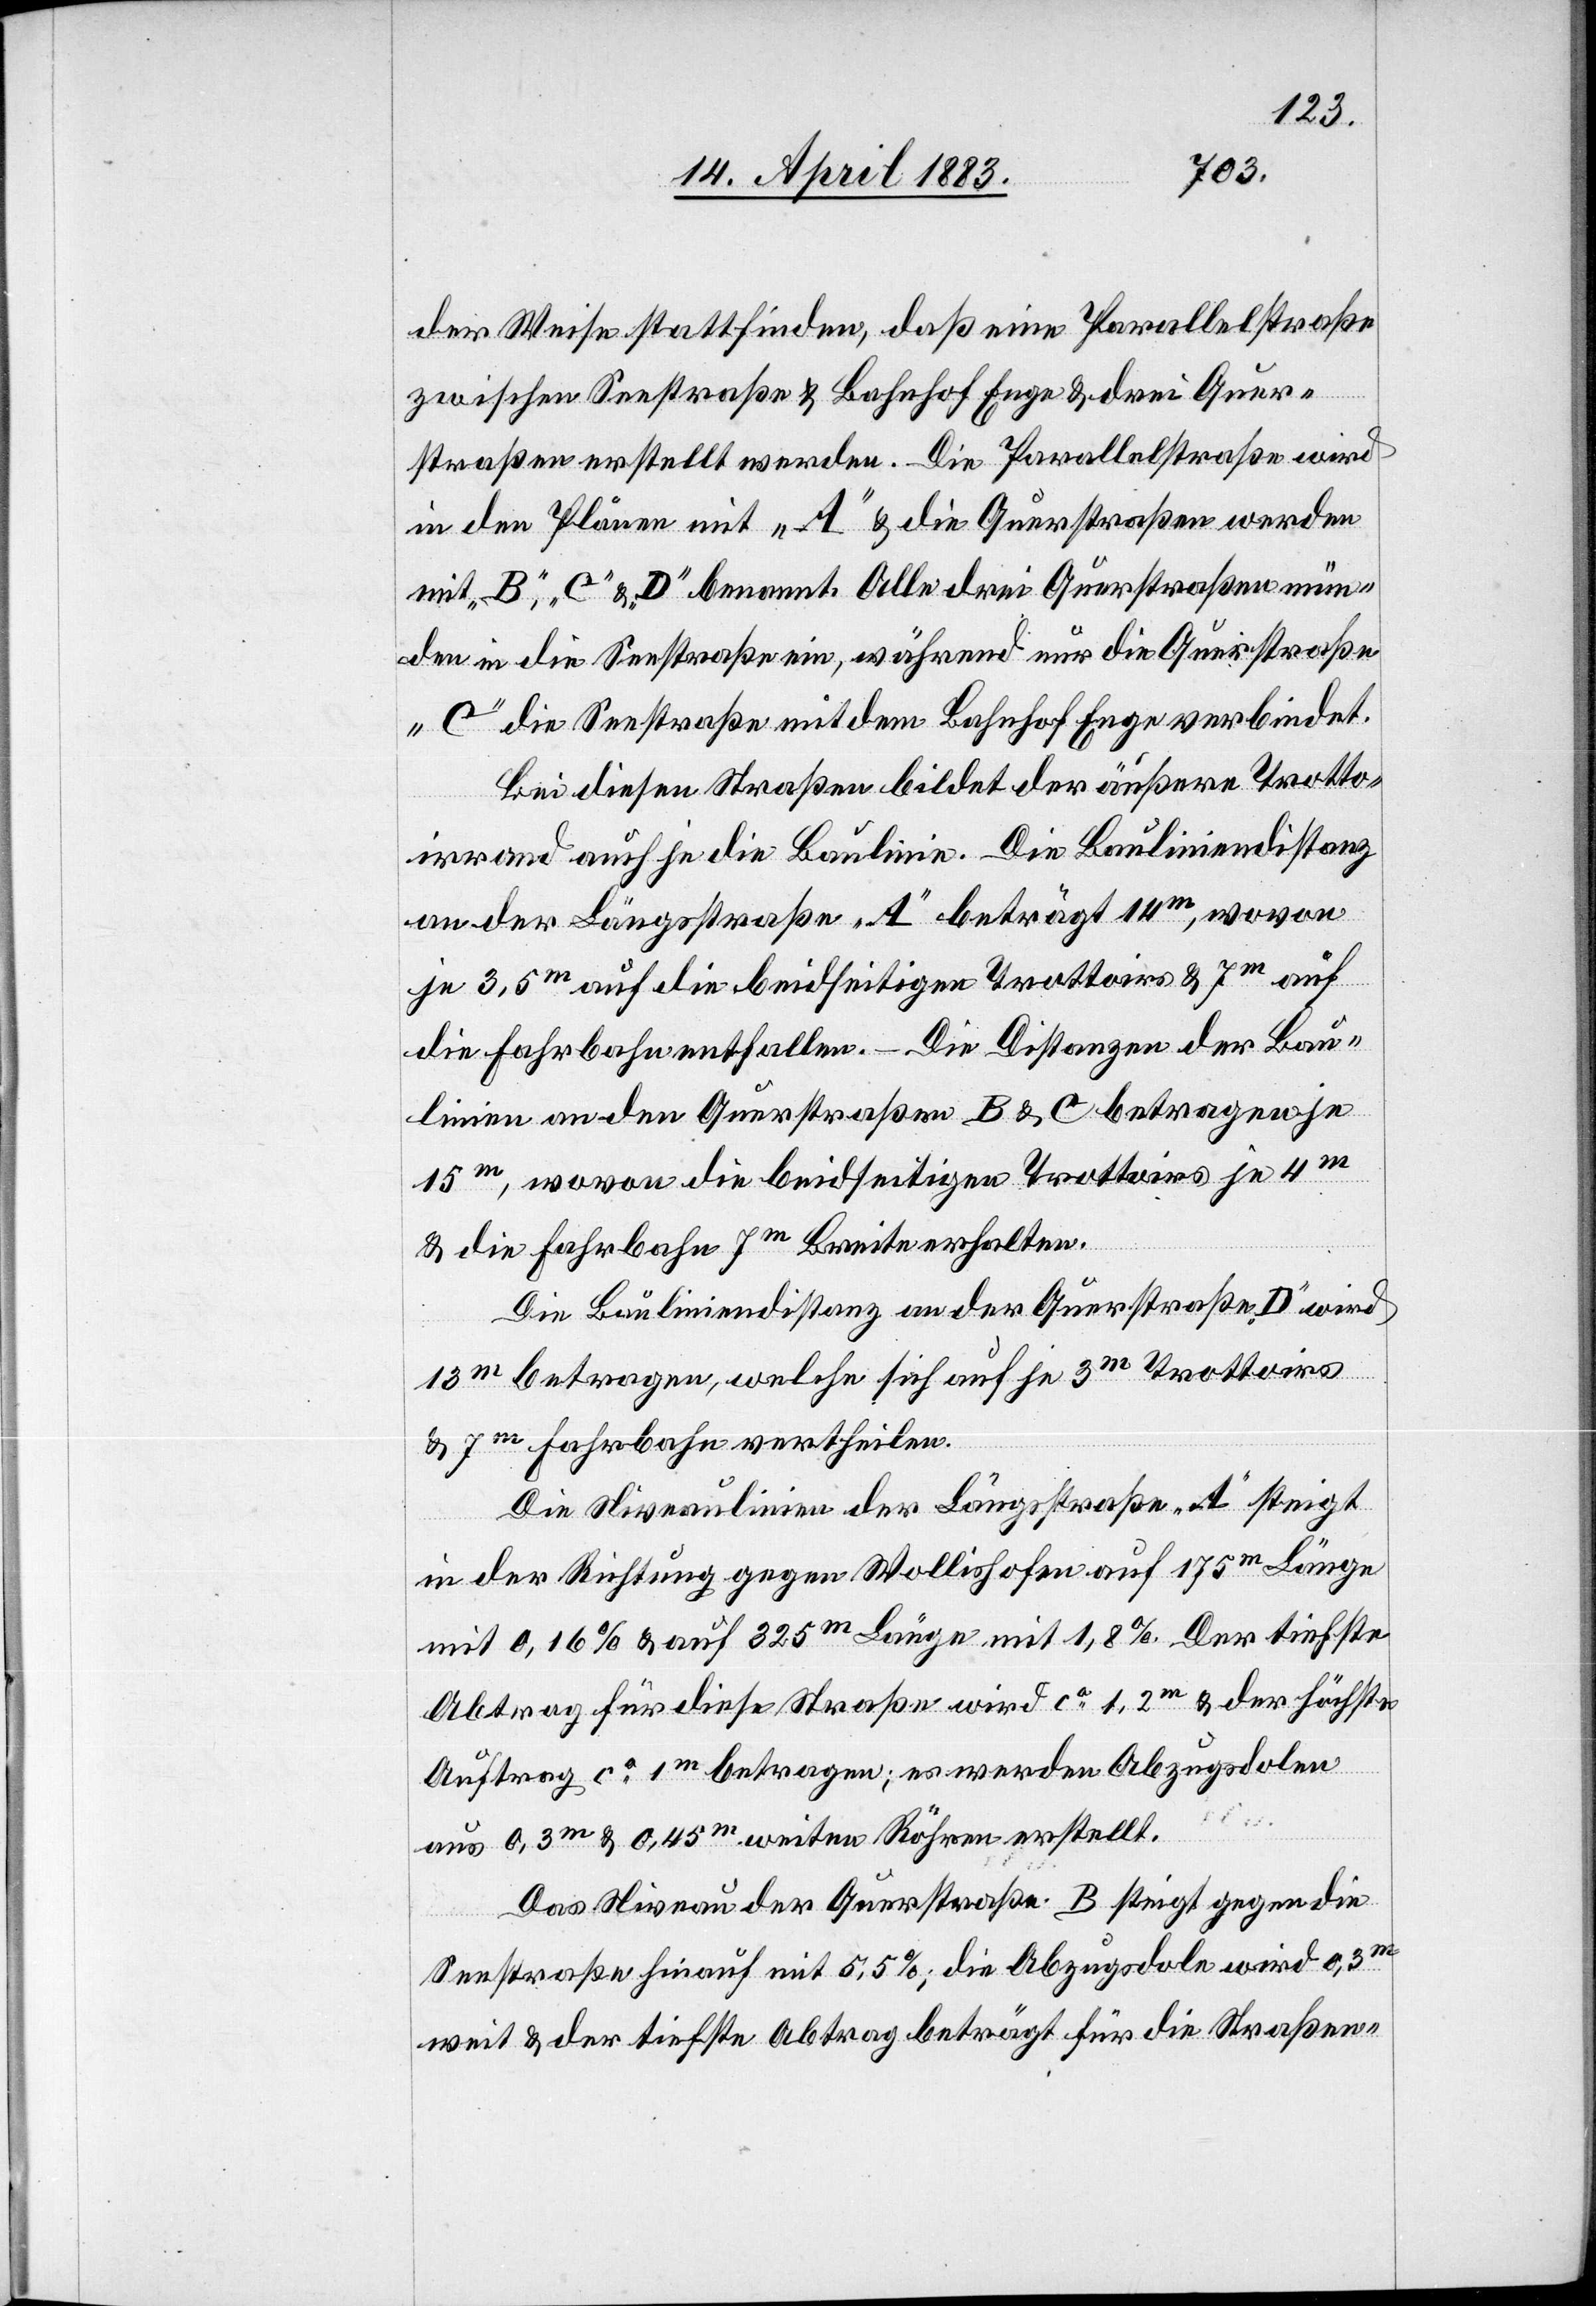
der Weise stattfinden, daß eine Parallelstraße
zwischen Seestraße & Bahnhof Enge & drei Quer¬
straßen erstellt werden. Die Parallelstraße wird
in den Plänen mit „A“ & die Querstraßen werden
mit „B“, „C“ & „D“ benannt. Alle drei Querstraßen mün¬
den in die Seestraße ein, während nur die Querstraße
„C“ die Seestraße mit dem Bahnhof Enge verbindet.
Bei diesen Straßen bildet der äußere Trotto¬
irrand auch je die Baulinie. Die Bauliniendistanz
an der Längsstraße „A“ beträgt 14m, wovon
je 3,5m auf die beidseitigen Trottoirs & 7m auf
die Fahrbahn entfallen. Die Distanzen der Bau¬
linien an den Querstraßen B & C betragen je
15m, wovon die beidseitigen Trottoirs je 4m
& die Fahrbahn 7m Breite erhalten.
Die Bauliniendistanz an der Querstraße „D“ wird
13m betragen, welche sich auf je 3m Trottoirs
& 7m Fahrbahn vertheilen.
Die Niveaulinien der Längsstraße „A“ steigt
in der Richtung gegen Wollishofen auf 175m Länge
mit 0,16% & auf 325m Länge mit 1,8%. Der tiefste
Abtrag für diese Straße wird ca 1m betragen; es werden
Abzugs¬
dolen
aus 0,3m & 0,45m weiten Röhren erstellt.
Das Niveau der Querstraße B steigt gegen die
te: steigen]
Seestraße hinauf mit 5,5%; die Abzugsdole wird 0,3m
weit & der tiefste Abtrag beträgt für die Straßen-